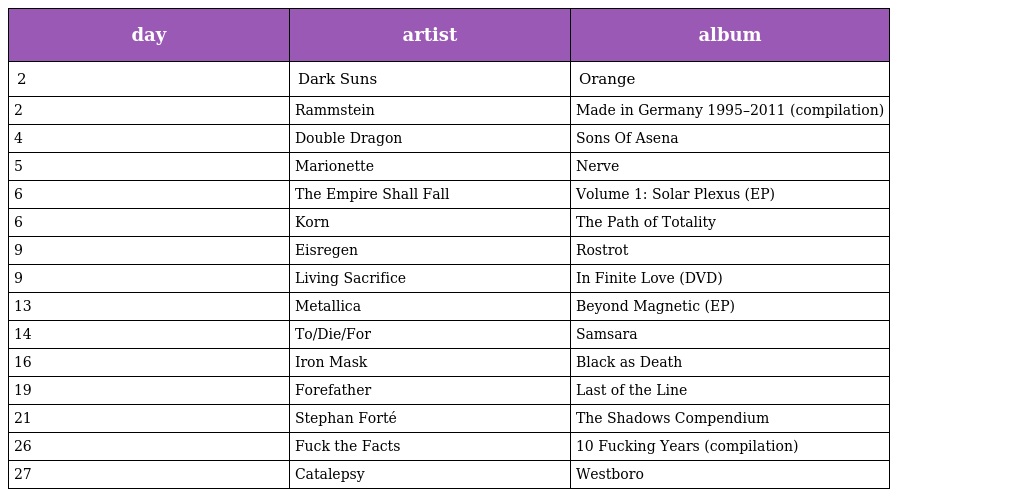
| day | artist | album |
 | --- | --- | --- |
 | 2 | Dark Suns | Orange |
 | 2 | Rammstein | Made in Germany 1995–2011 (compilation) |
 | 4 | Double Dragon | Sons Of Asena |
 | 5 | Marionette | Nerve |
 | 6 | The Empire Shall Fall | Volume 1: Solar Plexus (EP) |
 | 6 | Korn | The Path of Totality |
 | 9 | Eisregen | Rostrot |
 | 9 | Living Sacrifice | In Finite Love (DVD) |
 | 13 | Metallica | Beyond Magnetic (EP) |
 | 14 | To/Die/For | Samsara |
 | 16 | Iron Mask | Black as Death |
 | 19 | Forefather | Last of the Line |
 | 21 | Stephan Forté | The Shadows Compendium |
 | 26 | Fuck the Facts | 10 Fucking Years (compilation) |
 | 27 | Catalepsy | Westboro |